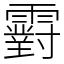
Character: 䨴